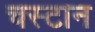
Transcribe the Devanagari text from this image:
चस्टान